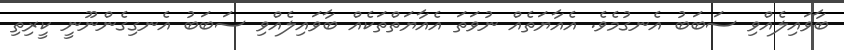
ބާވައިލެއްވި ސަބަބު އެނގުމެވެ. އެއާޔަތެއް ނުވަތަ އެއާޔަތްތަކެއް ބާވައިލެއްވި ސަބަބު އެނގިގެންނޫނީ ކީރިތި